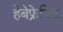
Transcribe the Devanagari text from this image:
हेबेफ्रेनिक